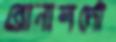
রোনালদো